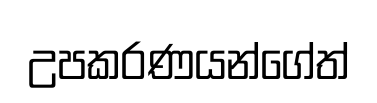
උපකරණයන්ගේත්